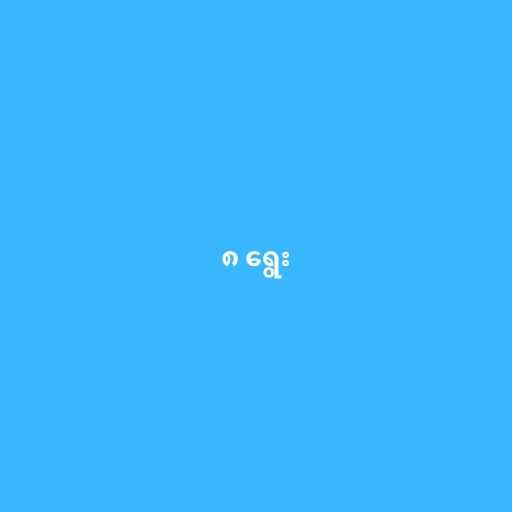
၈ ရွေး